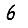
Digit: 6